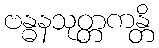
ဗန္ဓနသုတ္တကန္တိ